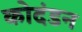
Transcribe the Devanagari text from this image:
कोदंडन